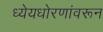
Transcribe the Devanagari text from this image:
ध्येयधोरणांवरून